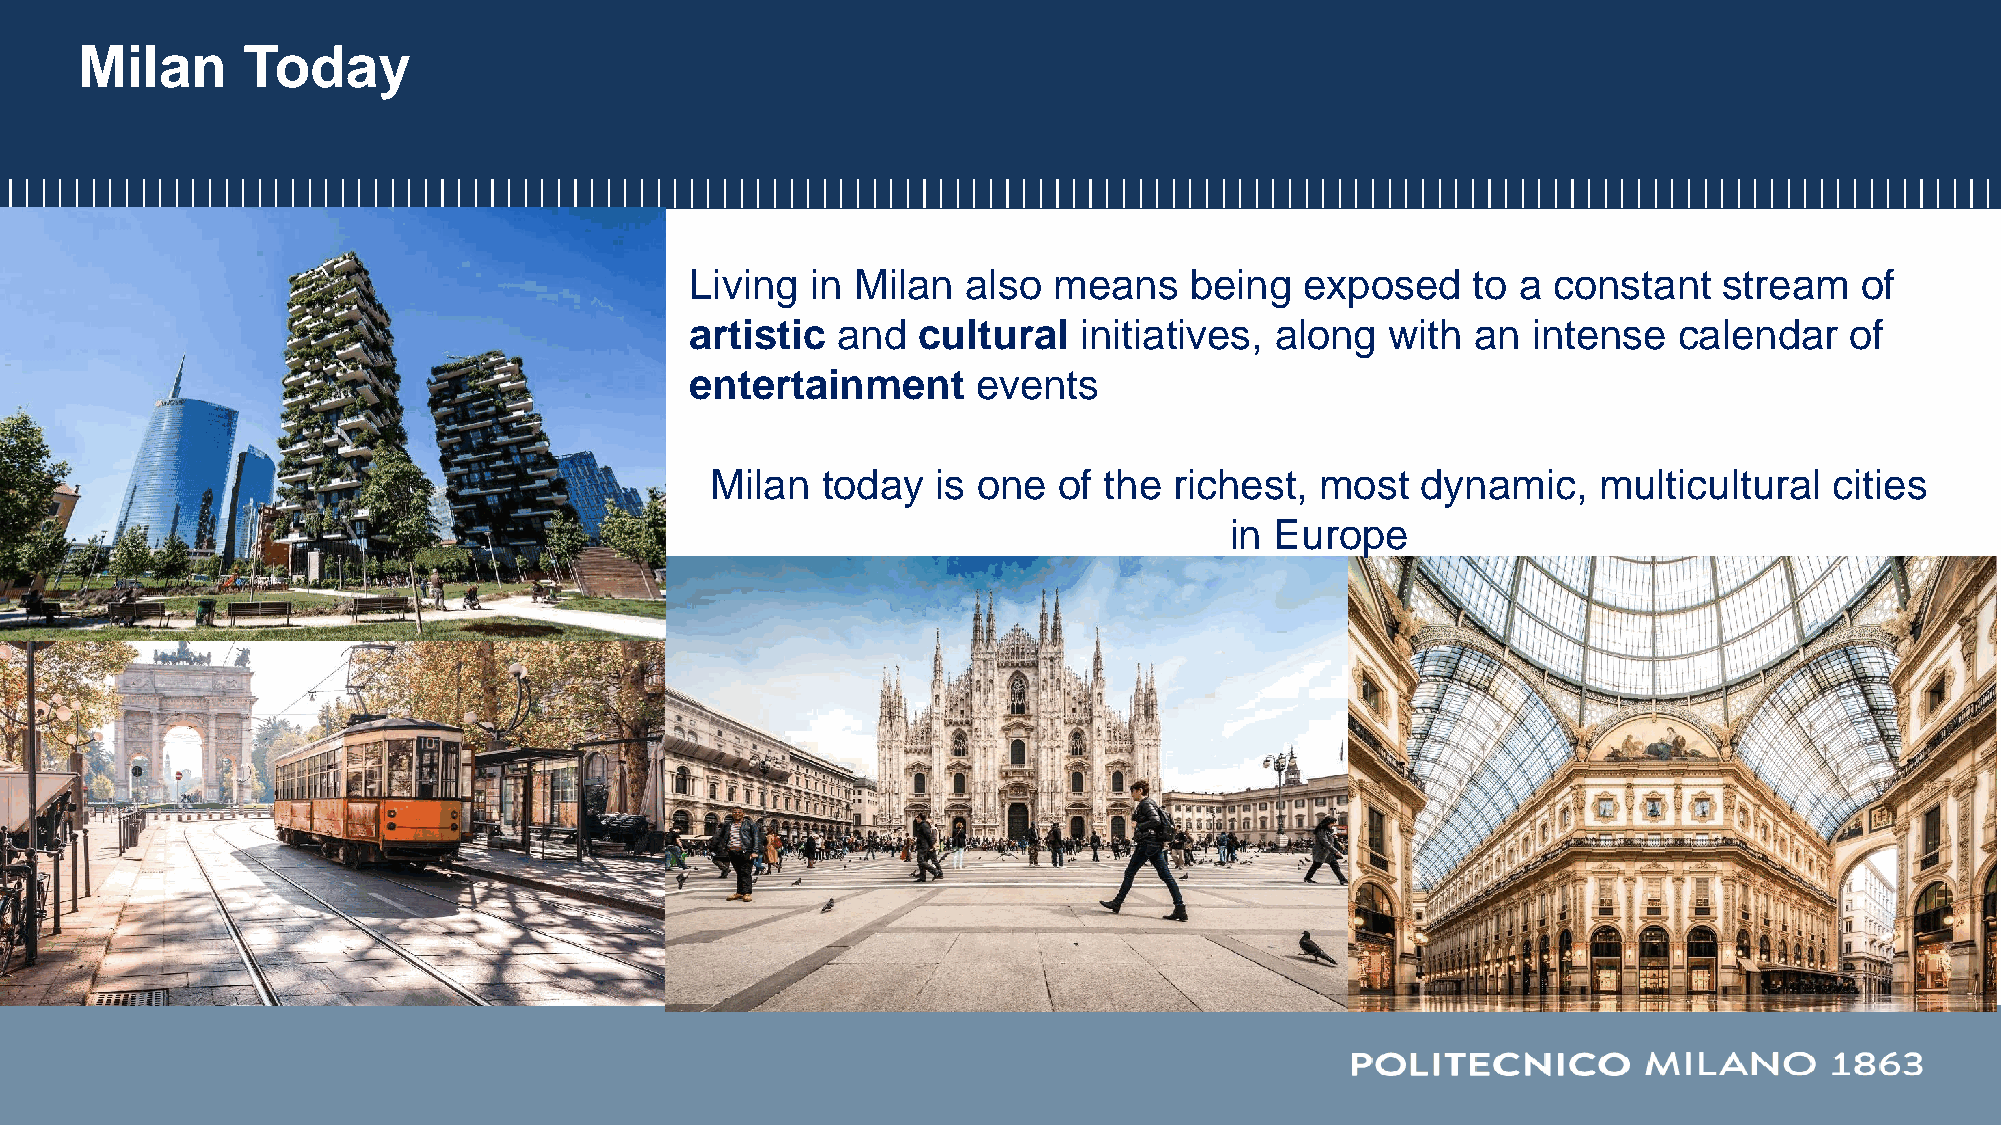
Milan      Today
 Living  in Milan  also  means    being  exposed    to a  constant   stream   of
 artistic and   cultural  initiatives, along   with  an intense   calendar   of
 entertainment      events
 Milan  today   is one  of the  richest, most   dynamic,    multicultural  cities
 in Europe